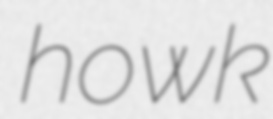
howk